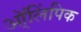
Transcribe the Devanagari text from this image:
ऑ्लिंपिक